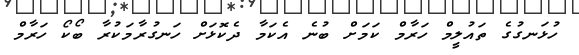
ހުޅަނގުގެ ތައުލީމް ހަރާމް ކަމަށް ބުނެ އެކަމާ ދެކޮޅަށް ހަނގުރާމަކުރާ ބޯކޯ ހަރާމް